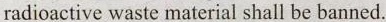
radioactive waste material shall be banned.